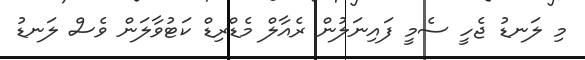
މި ލަނޑު ޖެހީ ސެމީ ފައިނަލުން ރެއާލް މެޑްރިޑް ކަޓުވާލަން ވެސް ލަނޑު